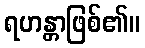
ရဟန္တာဖြစ်၏။